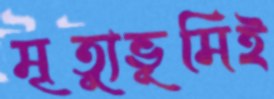
মৃত্যুভূমিই